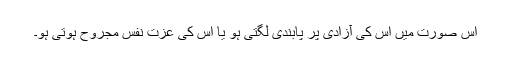
اس صورت میں اس کی آزادی پر پابندی لگتی ہو یا اس کی عزت نفس مجروح ہوتی ہو۔